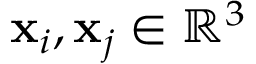
\mathbf { x } _ { i } , \mathbf { x } _ { j } \in \mathbb { R } ^ { 3 }